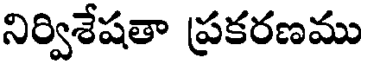
నిర్విశేషతా ప్రకరణము